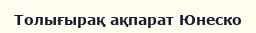
Толығырақ ақпарат Юнеско